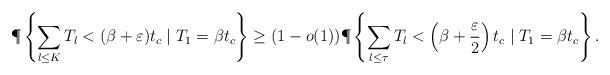
LaTeX: \begin{align*}{\P}\left\{\sum_{l\leq K}T_l<(\beta + \varepsilon)t_c \mid T_1= \beta t_c\right\} \geq (1-o(1)){\P}\left\{\sum_{l\leq \tau}T_l<\left(\beta + \frac{\varepsilon}{2}\right)t_c \mid T_1= \beta t_c\right\}.\end{align*}